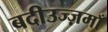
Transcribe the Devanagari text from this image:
बदीउज्ज़माँ